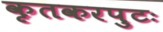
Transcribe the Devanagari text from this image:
कृतकरपुटः